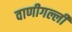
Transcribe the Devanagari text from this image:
वाणीगल्ली